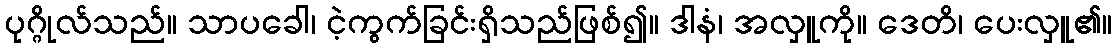
ပုဂ္ဂိုလ်သည်။ သာပခေါ၊ ငဲ့ကွက်ခြင်းရှိသည်ဖြစ်၍။ ဒါနံ၊ အလှူကို။ ဒေတိ၊ ပေးလှူ၏။